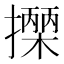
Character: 𢷡